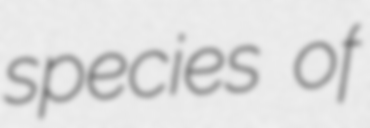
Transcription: species of